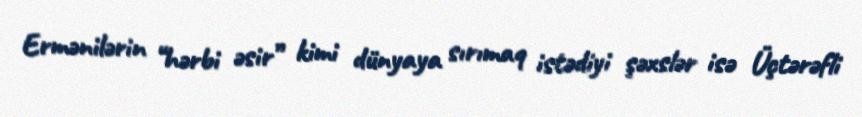
Ermənilərin “hərbi əsir” kimi dünyaya sırımaq istədiyi şəxslər isə Üçtərəfli